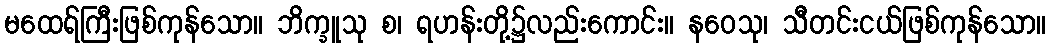
မထေရ်ကြီးဖြစ်ကုန်သော။ ဘိက္ခူသု စ၊ ရဟန်းတို့၌လည်းကောင်း။ နဝေသု၊ သီတင်းငယ်ဖြစ်ကုန်သော။